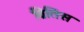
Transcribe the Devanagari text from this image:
ब्रितिस